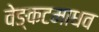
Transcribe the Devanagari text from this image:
वेङ्कटमाधव